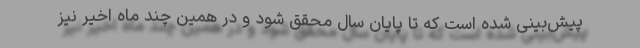
پیش‌بینی شده است که تا پایان سال محقق شود و در همین چند ماه اخیر نیز